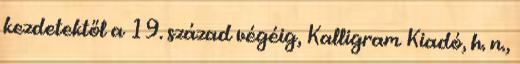
kezdetektől a 19. század végéig, Kalligram Kiadó, h. n.,